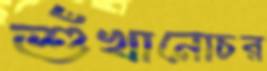
শুঁখানোচর